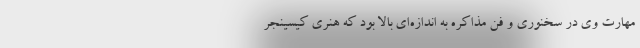
مهارت وی در سخنوری و فن مذاکره به اندازه‌ای بالا بود که هنری کیسینجر